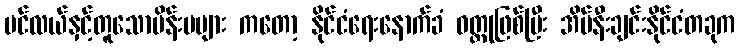
ပင်လယ်နှင့်တူသောမိန်းမများ ကတော့ နိုင်ငံရေးနောက်ခံ ဝတ္ထုဖြစ်ပြီး အိမ်နီးချင်းနိုင်ငံတခုက